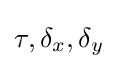
\tau ,\delta _{x},\delta _{y}